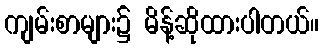
ကျမ်းစာများ၌ မိန့်ဆိုထားပါတယ်။